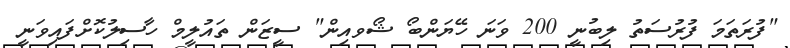
"ފުރަތަމަ ފުރުސަތު ލިބުނީ 200 ވަނަ ހޭޔަންބޯ ޝޯވއިން" ސީޒަން ތައުލީމް ހާސިލުކޮށްފައިވަނީ